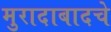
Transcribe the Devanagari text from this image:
मुरादाबादचे